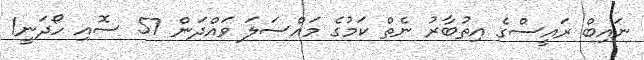
ނައިބް ރައީސްގެ އިތުބާރު ނެތް ކަމުގެ މައްސަލަ ވައްދަން 57 ސޮއި ހޯދަނީ1